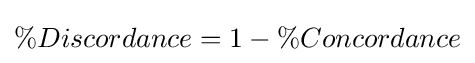
\%Discordance=1-\%Concordance